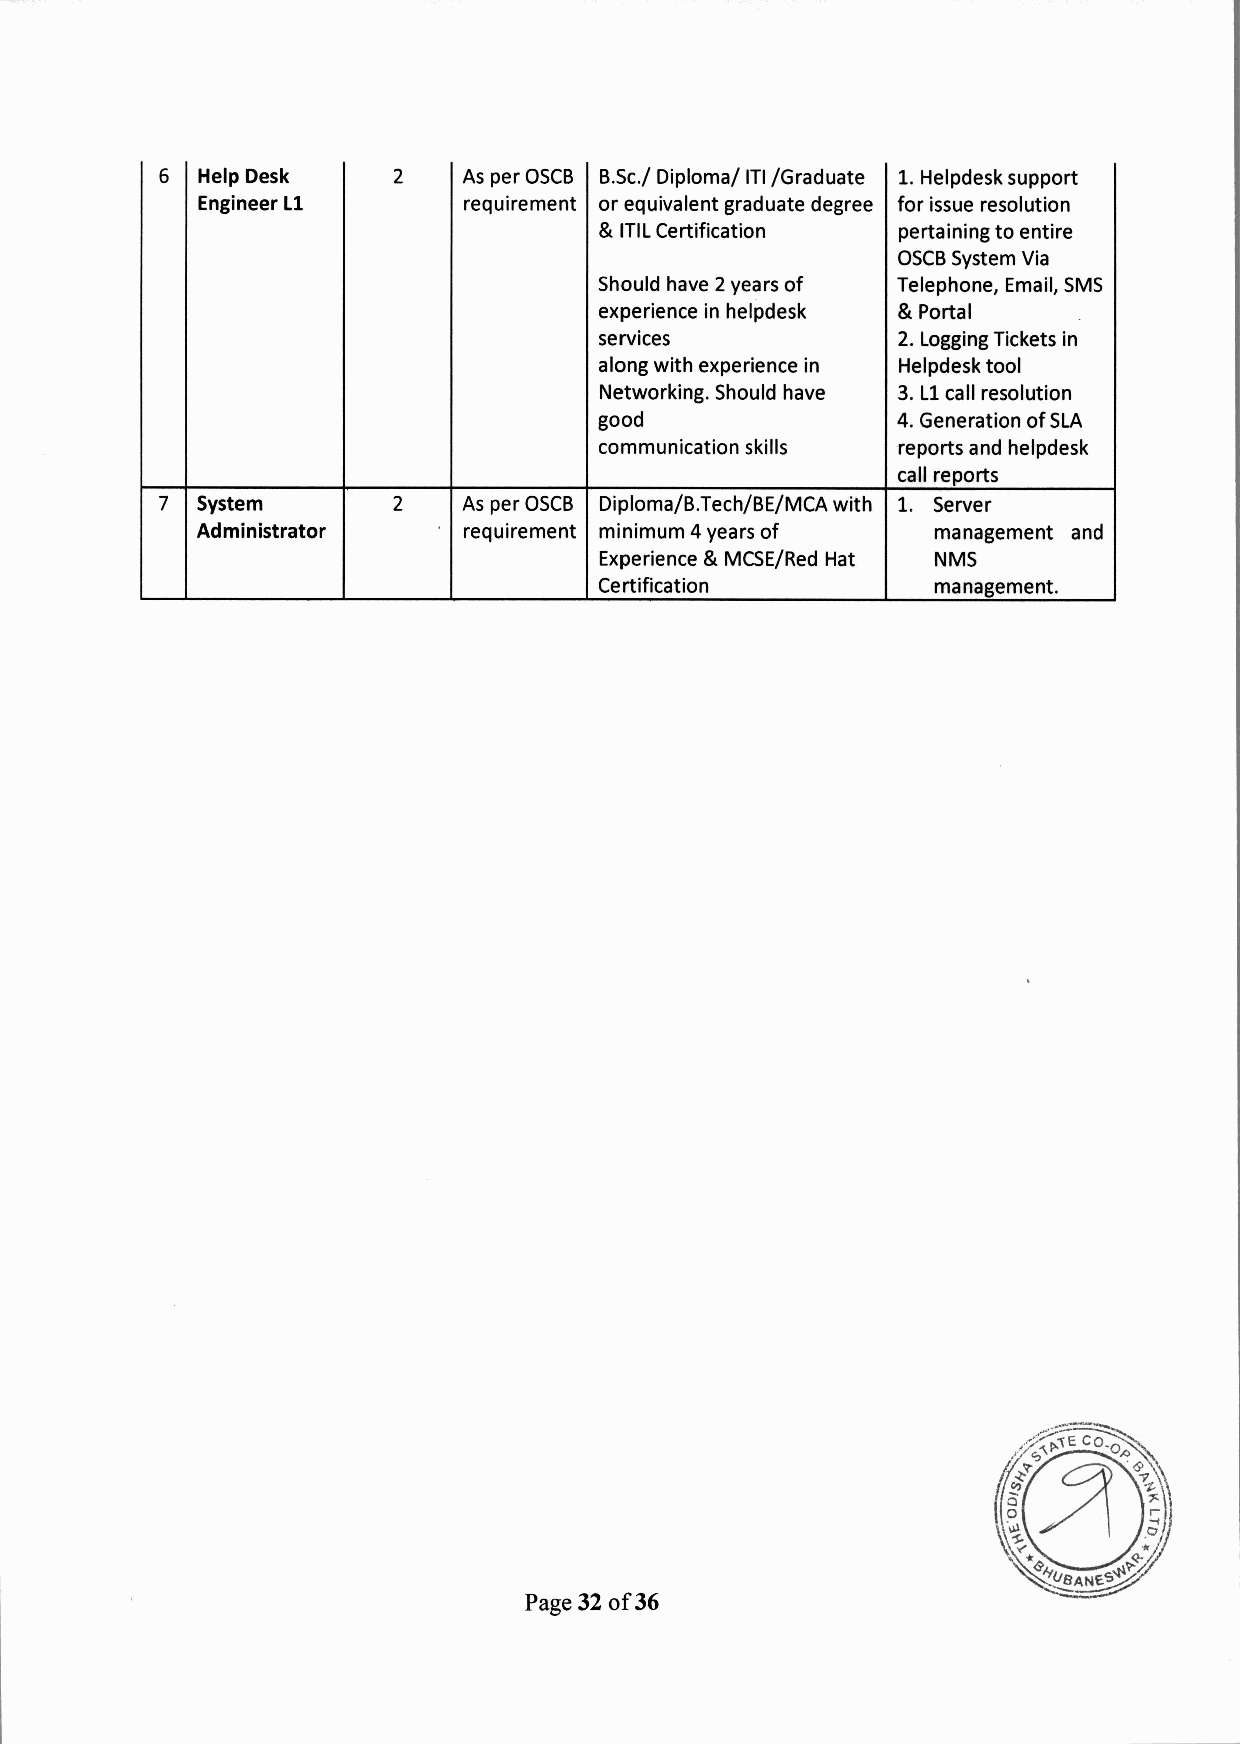
6 Help Desk    2    Asper OSCB B.Sc./ Diploma/ ITI/Graduate 1.Helpdesk support
 Engineer Ll       requirement or equivalent graduate degree for issue resolution
 & ITILCertification pertaining to entire
 OSCBSystem Via
 Should have 2years of Telephone, Email, SMS
 experience in helpdesk & Portal
 services           2. LoggingTickets in
 along with experience in Helpdesk tool
 Networking. Should have 3. Ll call resolution
 good               4. Generation of SLA
 communication skills reports and helpdesk
 call reports
 7 System       2    Asper OSCB Diploma/B.Tech/BE/MCA with 1. Server
 Administrator     requirement minimum 4years of  management and
 Experience & MCSE/Red Hat NMS
 Certification         management.
 Page 32 of36